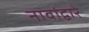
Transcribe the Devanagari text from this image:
नावांद्वारे